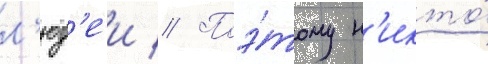
л'юд'еи // Поэ́тому н'икто́